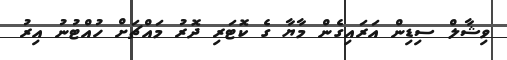
ވިޝާލް ސިޑިން އަރައިގެން މާޔާ ގެ ކޮޓަރި ދޮރު މައްޗަށް ހުއްޓުނު އިރު